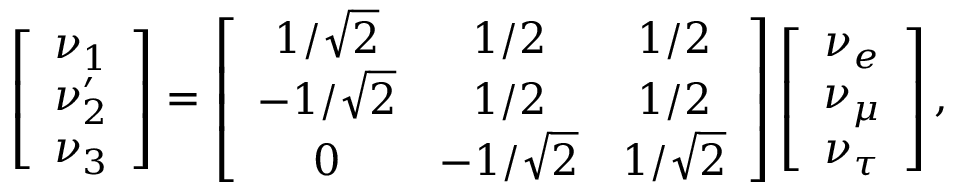
\left[ \begin{array} { c } { { \nu _ { 1 } } } \\ { { \nu _ { 2 } ^ { \prime } } } \\ { { \nu _ { 3 } } } \end{array} \right] = \left[ \begin{array} { c c c } { { 1 / \sqrt 2 } } & { { 1 / 2 } } & { { 1 / 2 } } \\ { { - 1 / \sqrt 2 } } & { { 1 / 2 } } & { { 1 / 2 } } \\ { { 0 } } & { { - 1 / \sqrt 2 } } & { { 1 / \sqrt 2 } } \end{array} \right] \left[ \begin{array} { c } { { \nu _ { e } } } \\ { { \nu _ { \mu } } } \\ { { \nu _ { \tau } } } \end{array} \right] ,